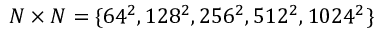
N \times N = \{ 6 4 ^ { 2 } , 1 2 8 ^ { 2 } , 2 5 6 ^ { 2 } , 5 1 2 ^ { 2 } , 1 0 2 4 ^ { 2 } \}